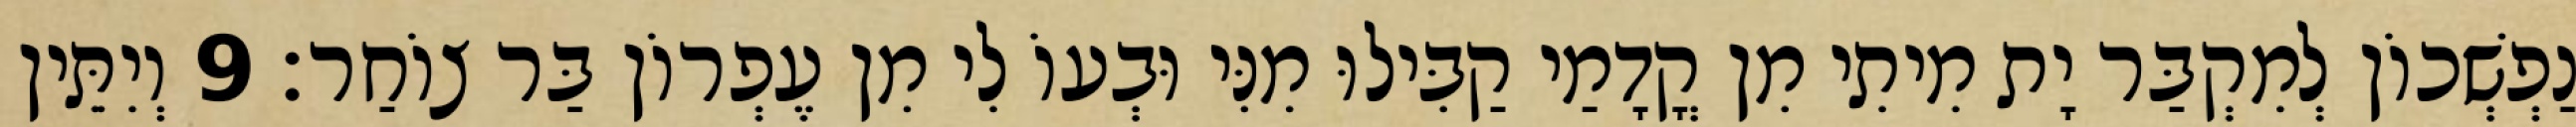
נַפְשְׁכוֹן לְמִקְבַּר יָת מִיתִי מִן קֳדָמַי קַבִּילוּ מִנִּי וּבְעוֹ לִי מִן עֶפְרוֹן בַּר צוֹחַר׃ 9 וְיִתֵּין